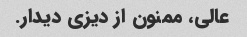
عالی، ممنون از دیزی دیدار.